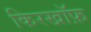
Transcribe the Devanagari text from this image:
किरखॉफ़